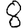
Digit: 8